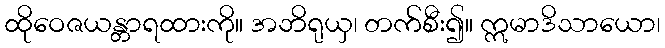
ထိုဝေဇယန္တာရထားကို။ အဘိရုယှ၊ တက်စီး၍။ ဣမာဒိသာယော၊